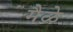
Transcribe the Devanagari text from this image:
मैळे